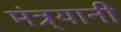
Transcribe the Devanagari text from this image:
मंत्र्यानी